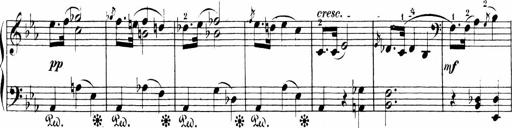
Title: 6 Sonatinas
Composer: Carl Reinecke